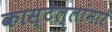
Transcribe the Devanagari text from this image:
कास्टेल्लांमारे